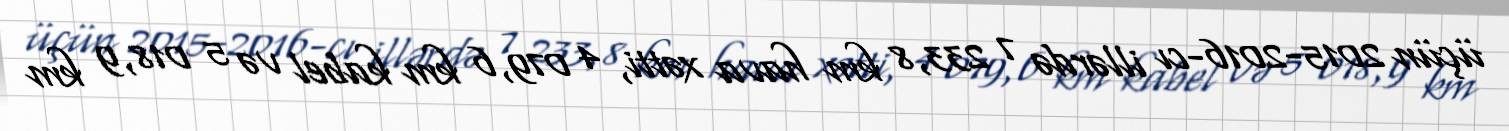
üçün 2015-2016-cı illərdə 7 233,8 km hava xətti, 4 079,6 km kabel və 5 018,9 km